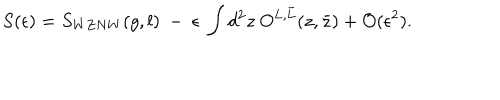
S ( \epsilon ) = S _ { W Z N W } ( g , l ) ~ - ~ \epsilon ~ \int d ^ { 2 } z ~ O ^ { L , \bar { L } } ( z , \bar { z } ) + { \cal O } ( \epsilon ^ { 2 } ) .